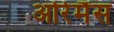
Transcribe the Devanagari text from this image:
ओरेमैंस